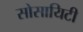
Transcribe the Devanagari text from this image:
सोसायिटी